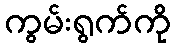
ကွမ်းရွက်ကို